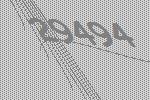
29494